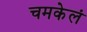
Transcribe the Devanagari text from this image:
चमकेलं